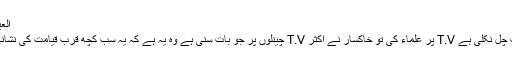
العیاذ باللّٰہ
اب بات چل نکلی ہے T.V پر علماء کی تو خاکسار نے اکثر T.V چینلوں پر جو بات سنی ہے وہ یہ ہے کہ یہ سب کچھ قرب قیامت کی نشانی ہے ۔